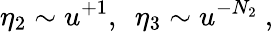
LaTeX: \eta_{2}\sim u^{+1},~~\eta_{3}\sim u^{-N_{2}}\ ,